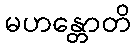
မဟန္တောတိ